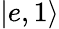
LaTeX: \left|e,1\right\rangle